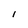
Character: l